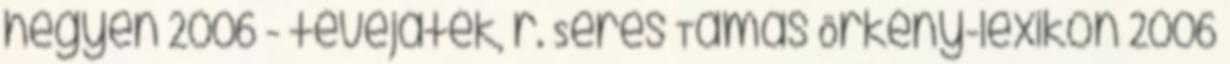
hegyen 2006 - tévéjáték, r. Seres Tamás Örkény-lexikon 2006